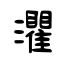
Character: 灈